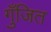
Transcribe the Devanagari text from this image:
गुँजित